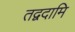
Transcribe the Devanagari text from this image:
तद्वदामि